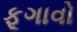
ફૂગાવો